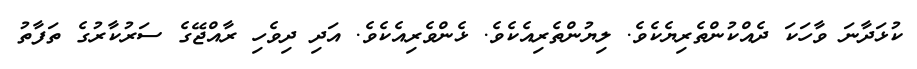
ކުޅަދާނަ ވާހަކަ ދެއްކުންތެރިޔެކެވެ. ލިޔުންތެރިއެކެވެ. ޅެންވެރިއެކެވެ. އަދި ދިވެހި ރާއްޖޭގެ ސަރުކާރުގެ ތަފާތު